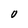
Character: O